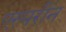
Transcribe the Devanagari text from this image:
एस्परीन